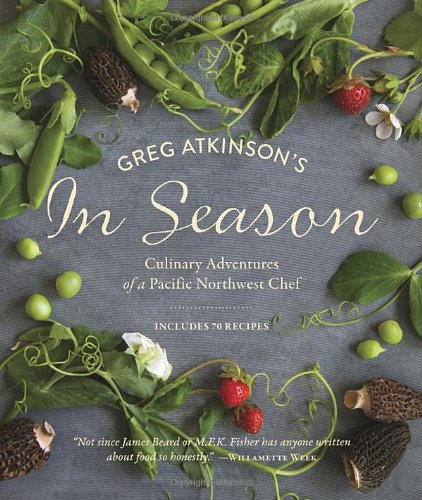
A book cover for Greg Atkinson's In Season: Culinary Adventures of a Pacific Northwest Chef; Greg Atkinson; Cookbooks, Food & Wine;